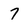
Character: 7